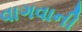
વાગવાની